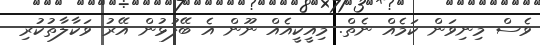
ވެސް މިނިވަން ކަމެއް ނެތް. މިއީކީއެއް ނޫން އެ ބޭފުޅުން އޭރު ވަކާލާތުކުރި